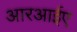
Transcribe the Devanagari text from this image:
आरआईए